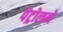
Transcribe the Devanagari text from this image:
पेट्रोलने